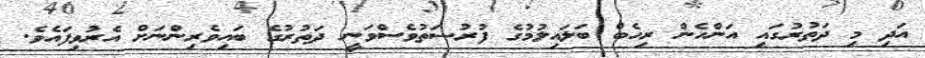
އަދި މި ދަތުރުގައި އަންހެން ރިހެބް ބަލައިލުމުގެ ފުރުޞަތުވެސްވަނީ ދަތުރުގެ ބައިވެރިންނަށް އެރުވިފައެވެ.